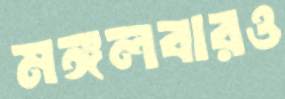
মঙ্গলবারও